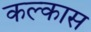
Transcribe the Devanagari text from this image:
कल्कास